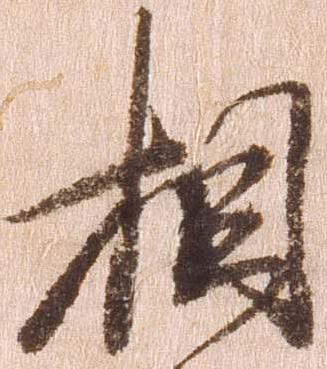
相